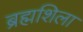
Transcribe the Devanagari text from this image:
ब्रह्मशिला